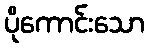
ပိုကောင်းသော